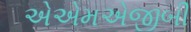
એએમએજીબી